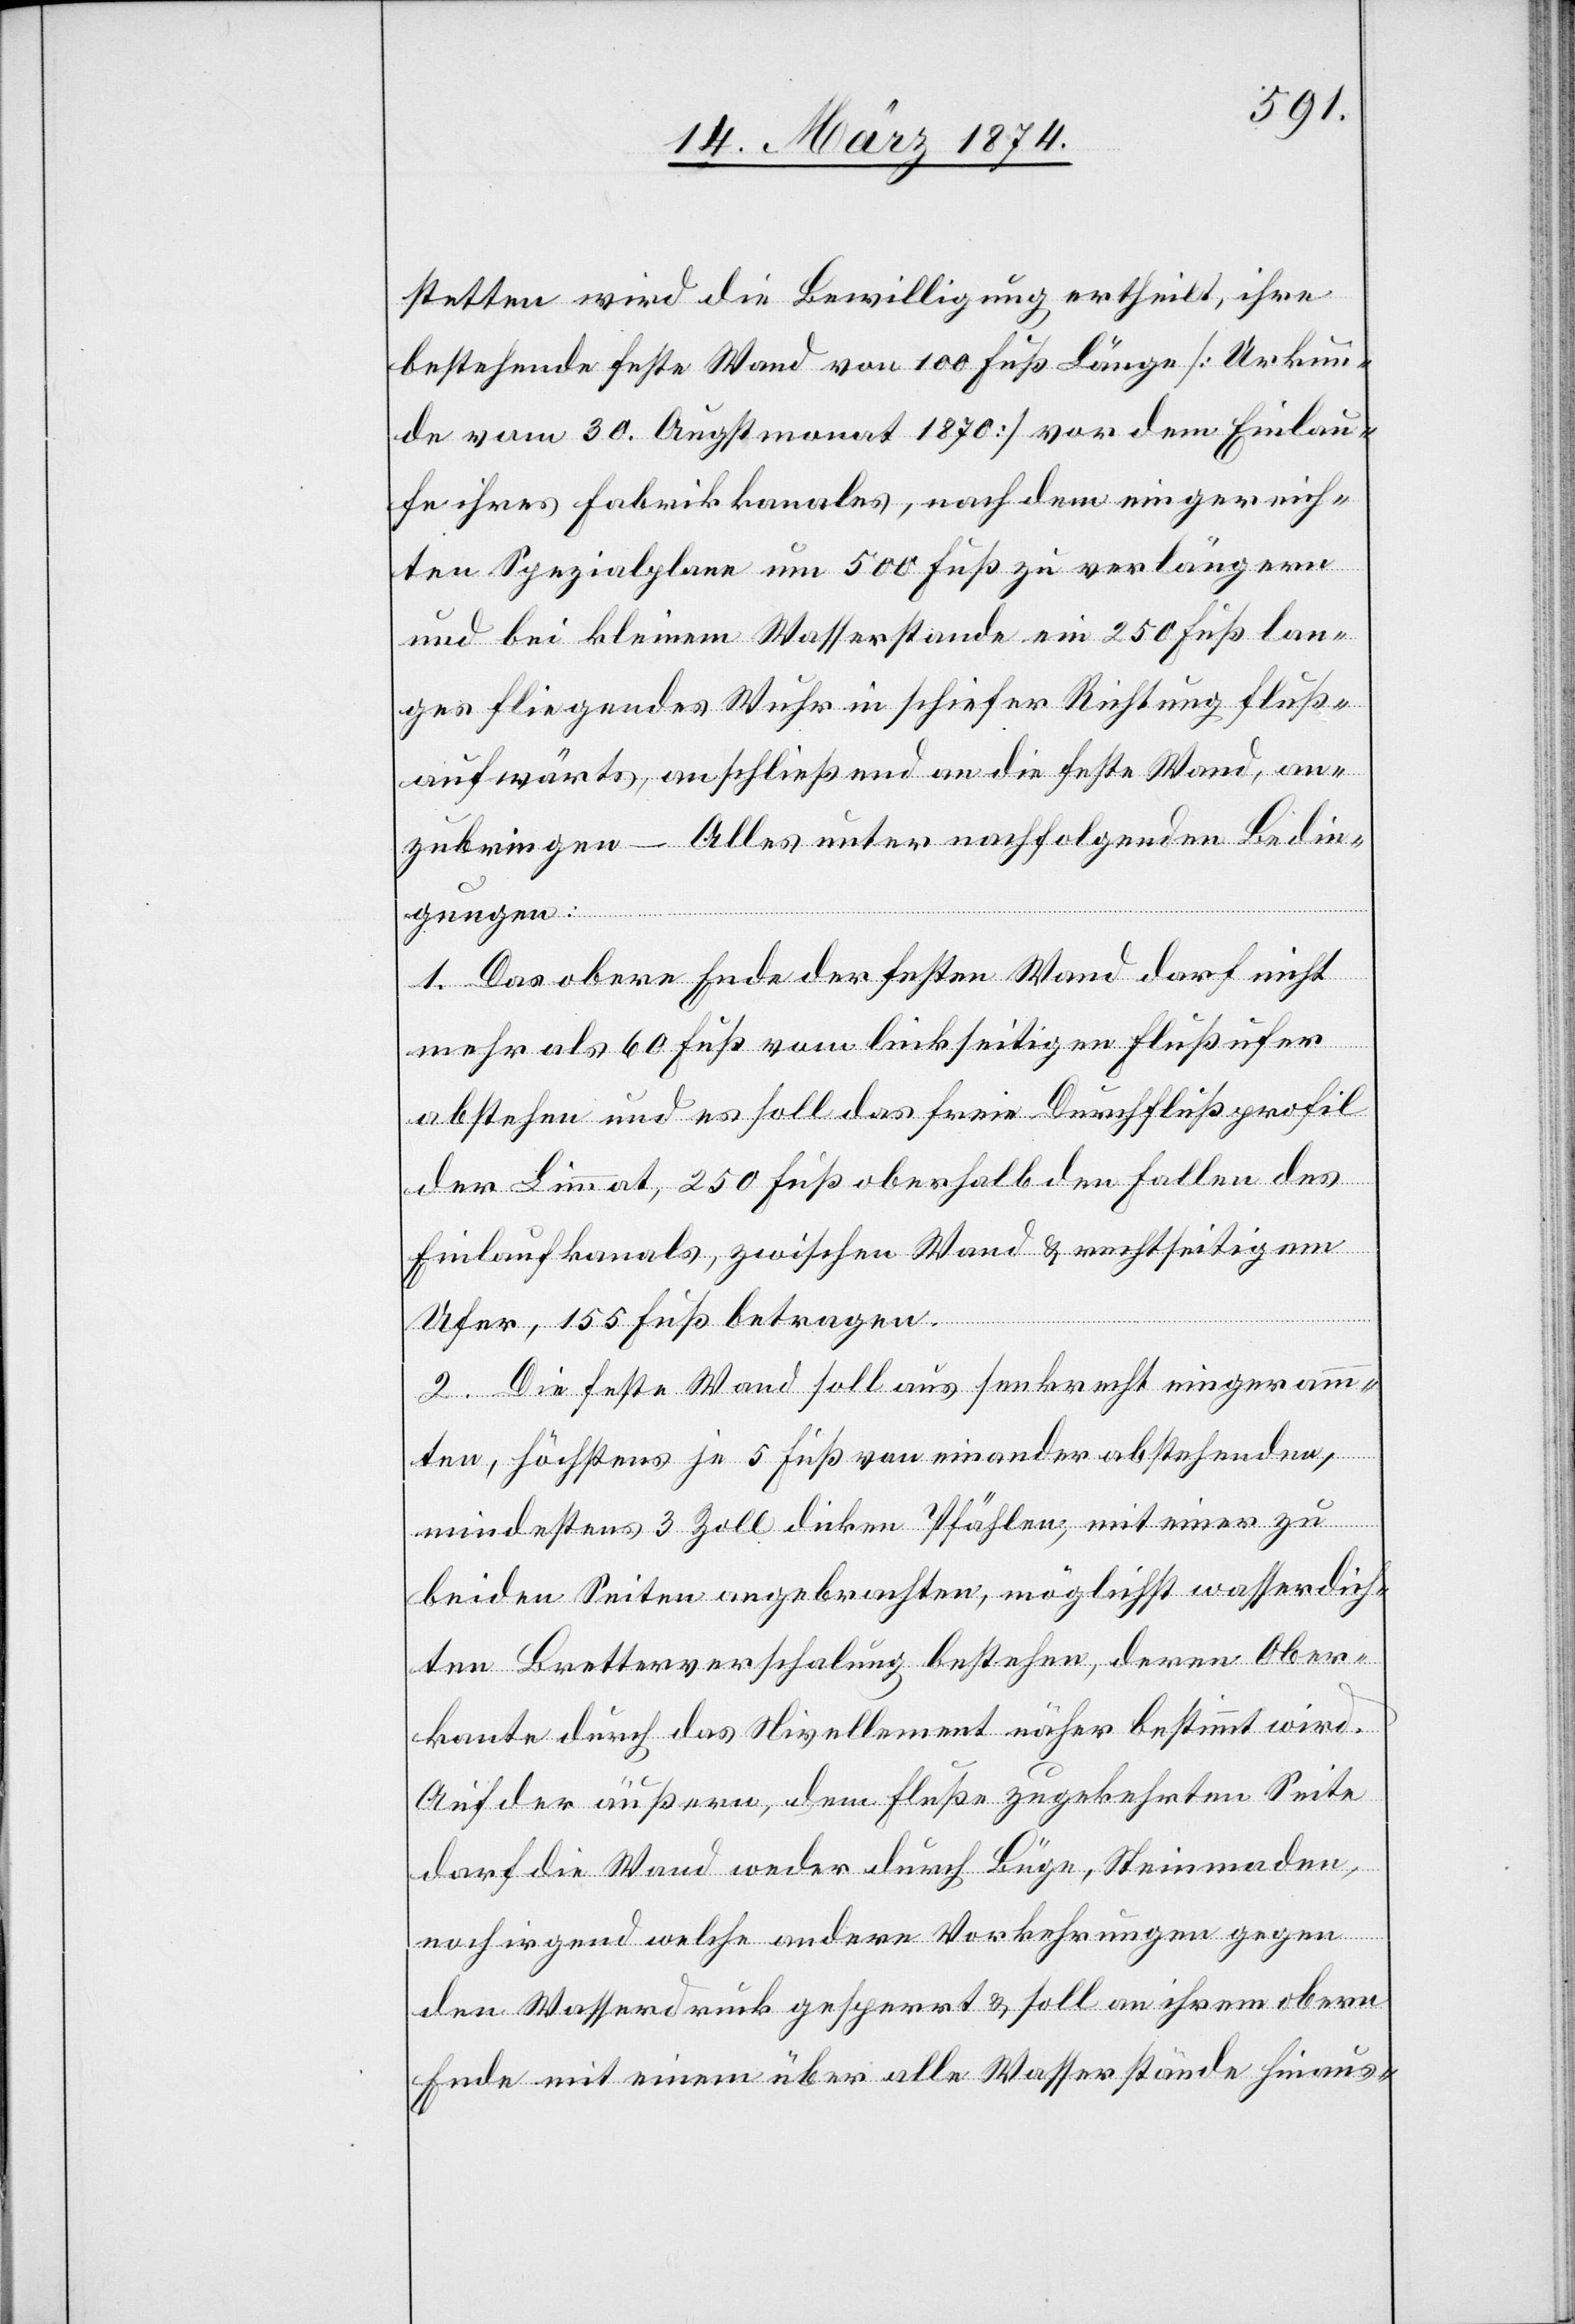
stetten wird die Bewilligung ertheilt, ihre
bestehende feste Wand von 100 Fuß Länge [Urkun¬
de vom 30. Augstmonat 1870] vor dem Einlau¬
fe ihres Fabrikkanals, nachdem eingereich¬
ten Spezialplane um 500 Fuß zu verlängern
und bei kleinem Wasserstande ein 250 Fuß lan¬
ges fliegendes Wuhr in schiefer Richtung fluß¬
aufwärts, anschließend an die feste Wand, an¬
zubringen – Alles unter nachfolgenden Bedin¬
gungen:
1. Das obere Ende der festen Wand darf nicht
mehr als 60 Fuß vom linkseitigen Flußufer
abstehen und es soll das freie Durchflußprofil
der Limmat, 250 Fuß oberhalb den Fallen des
Einlaufkanals, zwischen Wand u. rechtseitigem
Ufer, 155 Fuß betragen.
2. Die feste Wand soll aus senkrecht eingeramm¬
ten, höchstens je 5 Fuß von einander abstehenden,
mindestens 3 Zoll dicken Pfählen, mit einer zu
beiden Seiten angebrachten, möglichst wasserdich¬
ten Bretterverschalung bestehen, deren Ober¬
kante durch das Nivellement näher bestimmt wird.
Auf der äußern, dem Fluße zugekehrten Seite
darf die Wand weder durch Büge, Steinmaden,
noch irgend welche andern Vorkehrungen gegen
den Wasserdruck gesperrt u. soll an ihrem obern
Ende mit einem über alle Wasserstände hinaus-